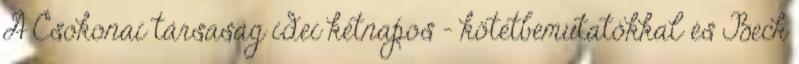
A Csokonai társaság idei kétnapos – kötetbemutatókkal és Beck